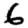
Digit: 6